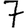
Digit: 7